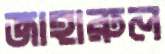
জাহারুল